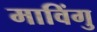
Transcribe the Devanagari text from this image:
माविंगु